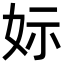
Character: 𡛭